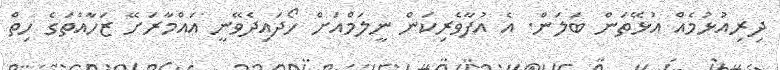
ދިރިއުޅުމެއް އުޅޭތަން ބަލަން. އެ އުފާވެރިކަން ނީލަމްއަށް ހޯދައިދެވޭނީ އައްމާރަށޭ ޒަހާއްތަގެ ހިތް